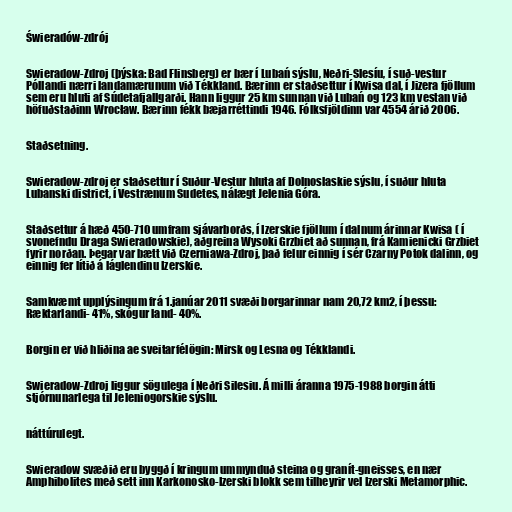
Świeradów-zdrój

Swieradow-Zdroj (þýska: Bad Flinsberg) er bær í Lubań sýslu, Neðri-Slesíu, í suð-vestur
Póllandi nærri landamærunum við Tékkland. Bærinn er staðsettur í Kwisa dal, í Jizera fjöllum
sem eru hluti af Súdetafjallgarði. Hann liggur 25 km sunnan við Lubań og 123 km vestan við
höfuðstaðinn Wrocław. Bærinn fékk bæjarréttindi 1946. Fólksfjöldinn var 4554 árið 2006.

Staðsetning.

Swieradow-zdroj er staðsettur í Suður-Vestur hluta af Dolnoslaskie sýslu, í suður hluta
Lubanski district, í Vestrænum Sudetes, nálægt Jelenia Góra.

Staðsettur á hæð 450-710 umfram sjávarborðs, í Izerskie fjöllum í dalnum árinnar Kwisa ( í
svonefndu Draga Swieradowskie), aðgreina Wysoki Grzbiet að sunnan, frá Kamienicki Grzbiet
fyrir norðan. Þegar var bætt við Czerniawa-Zdroj, það felur einnig í sér Czarny Potok dalinn, og
einnig fer lítið á láglendinu Izerskie.

Samkvæmt upplýsingum frá 1.janúar 2011 svæði borgarinnar nam 20,72 km2, í þessu:
Ræktarlandi- 41%, skógur land- 40%.

Borgin er við hliðina ae sveitarfélögin: Mirsk og Lesna og Tékklandi.

Swieradow-Zdroj liggur sögulega í Neðri Silesiu. Á milli áranna 1975-1988 borgin átti
stjórnunarlega til Jeleniogorskie sýslu.

náttúrulegt.

Swieradow svæðið eru byggð í kringum ummynduð steina og granít-gneisses, en nær
Amphibolites með sett inn Karkonosko-Izerski blokk sem tilheyrir vel Izerski Metamorphic.